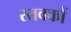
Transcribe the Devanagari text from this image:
स्तवकों